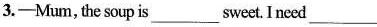
3.-Mum, the soup is ___ sweet. I need ___